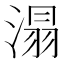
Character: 溻